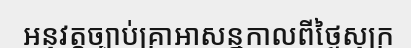
អនុវត្តច្បាប់គ្រាអាសន្នកាលពីថ្ងៃសុក្រ